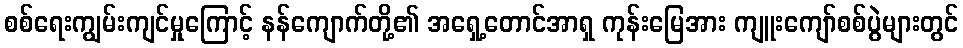
စစ်ရေးကျွမ်းကျင်မှုကြောင့် နန်ကျောက်တို့၏ အရှေ့တောင်အာရှ ကုန်းမြေအား ကျူးကျော်စစ်ပွဲများတွင်